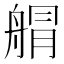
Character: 䑵